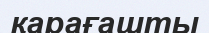
қарағашты